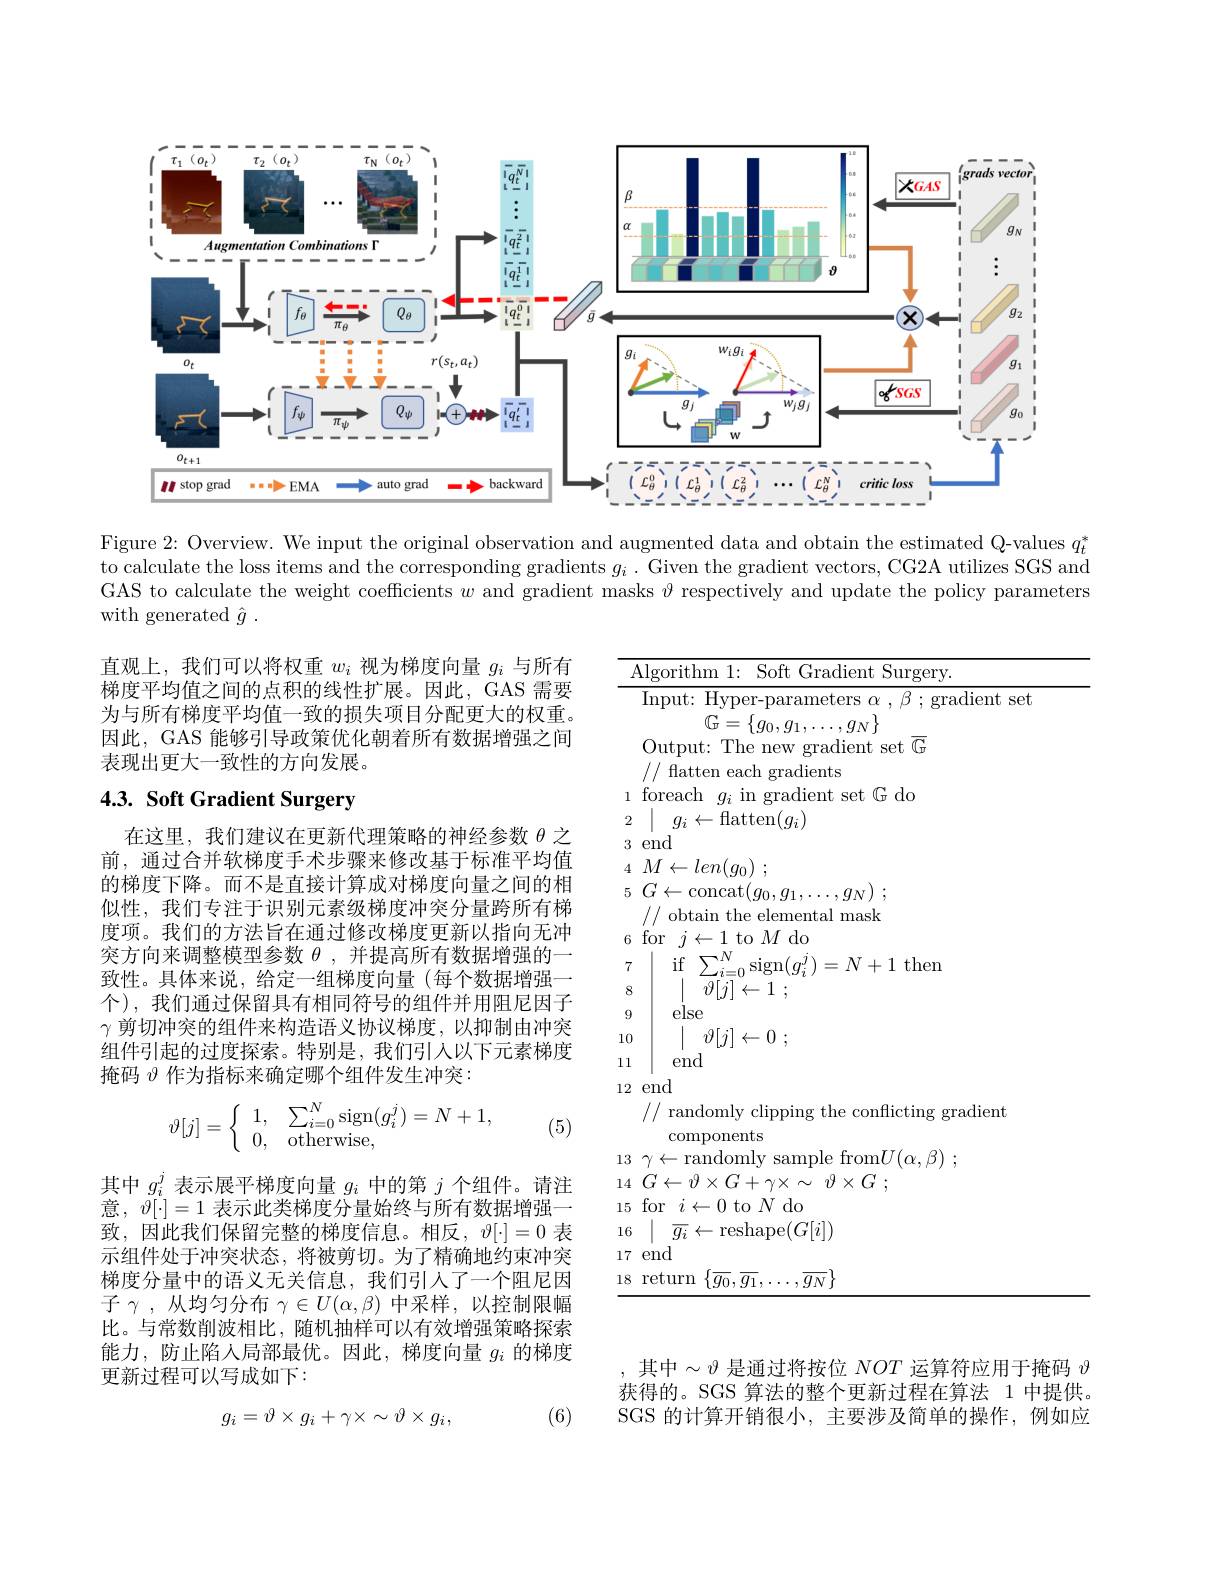
<FigureHere>

Figure 2: Overview. We input the original observation and augmented data and obtain the estimated Q-values $q_t^*$ to calculate the loss items and the corresponding gradients $g_i$ .Given the gradient vectors, CG2A utilizes SGS and GAS to calculate the weight coefficients $w$ and gradient masks $\vartheta$ respectively and update the policy parameters with generated $\hat{g}$ .

直观上，我们可以将权重$w_i$视为梯度向量$g_i$与所有梯度平均值之间的点积的线性扩展。因此，GAS 需要为与所有梯度平均值一致的损失项目分配更大的权重。因此，GAS 能够引导政策优化朝着所有数据增强之间表现出更大一致性的方向发展。

# 4.3. Soft Gradient Surgery

在这里，我们建议在更新代理策略的神经参数$\theta$之前，通过合并软梯度手术步骤来修改基于标准平均值的梯度下降。而不是直接计算成对梯度向量之间的相似性，我们专注于识别元素级梯度冲突分量跨所有梯度项。我们的方法旨在通过修改梯度更新以指向无冲突方向来调整模型参数$\theta$,并提高所有数据增强的一致性。具体来说，给定一组梯度向量(每个数据增强一个),我们通过保留具有相同符号的组件并用阻尼因子$\gamma$剪切冲突的组件来构造语义协议梯度，以抑制由冲突组件引起的过度探索。特别是，我们引人以下元素梯度掩码$\vartheta$作为指标来确定哪个组件发生冲突：

${\frac{\mathrm{Algorithm~1:~Soft~Gradient~Surgery.}}}$
${\overline{\mathrm{Input:~Hyper-parameters~}\alpha~,~\beta~;~\mathrm{gradient~set}}}$
$\mathbb{G}=\{g_{0},g_{1},\ldots,g_{N}\}$
Output: The new gradient set $\overline{\mathbb{G}}$
// flatten each gradients
1 foreach $g_i$ in gradient set G do
2 | $g_{i}\leftarrow$flatten$(g_i)$
3end
4 $M\leftarrow len( g_{0})$ ;
5 $G\leftarrow$concat$( g_0, g_1, \ldots , g_N)$ ;
// obtain the elemental mask
6 for $j\leftarrow1$ to $M$ do
$\begin{array}{cc}{\mathrm{if}}&{\sum_{i=0}^{N}\operatorname{sign}(g_{i}^{j})=N+1~\operatorname{then}}\\\end{array}$
78
$\vartheta [ j] \leftarrow 1$ ;
else
910
$\mid$ $\vartheta [ j] \leftarrow 0$ ;
11
end
12end
// randomly clipping the conflicting gradient
components
$13~\gamma\leftarrow$randomly sample from$U(\alpha,\beta)~;$
14 $G\leftarrow \vartheta \times G+ \gamma \times \sim$ $\vartheta \times G$ ;
15 for $i\leftarrow0$ to $N$ do
16 | $\overline {g_{i}}\leftarrow$reshape$(G[i])$
17end
$18~$return$\{\overline g_0,\overline{g_1},\ldots,\overline{g_N}\}$
$$\vartheta[j]=\left\{\begin{array}{ll}1,&\sum_{i=0}^N\operatorname{sign}(g_i^j)=N+1,\\0,&\operatorname{otherwise},\end{array}\right.$$
(5)

其中$g_i^j$表示展平梯度向量$g_i$中的第$j$个组件。请注意，$\vartheta[\cdot]=1$表示此类梯度分量始终与所有数据增强一致，因此我们保留完整的梯度信息。相反$,\vartheta[\cdot]=0$ 表示组件处于冲突状态，将被剪切。为了精确地约束冲突梯度分量中的语义无关信息，我们引人了一个阻尼因子$\gamma$,从均匀分布$\gamma\in U(\alpha,\beta)$ 中采样，以控制限幅比。与常数削波相比，随机抽样可以有效增强策略探索能力，防止陷入局部最优。因此，梯度向量$g_i$的梯度更新过程可以写成如下：

其中$\sim\vartheta$是通过将按位$NOT$运算符应用于掩码$\vartheta$ 获得的。SGS 算法的整个更新过程在算法 1 中提供。SGS 的计算开销很小，主要涉及简单的操作，例如应

(6)
$$g_i=\vartheta\times g_i+\gamma\times\sim\vartheta\times g_i,$$